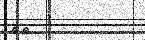
٤٦